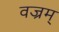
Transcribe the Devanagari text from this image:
वज्रम्